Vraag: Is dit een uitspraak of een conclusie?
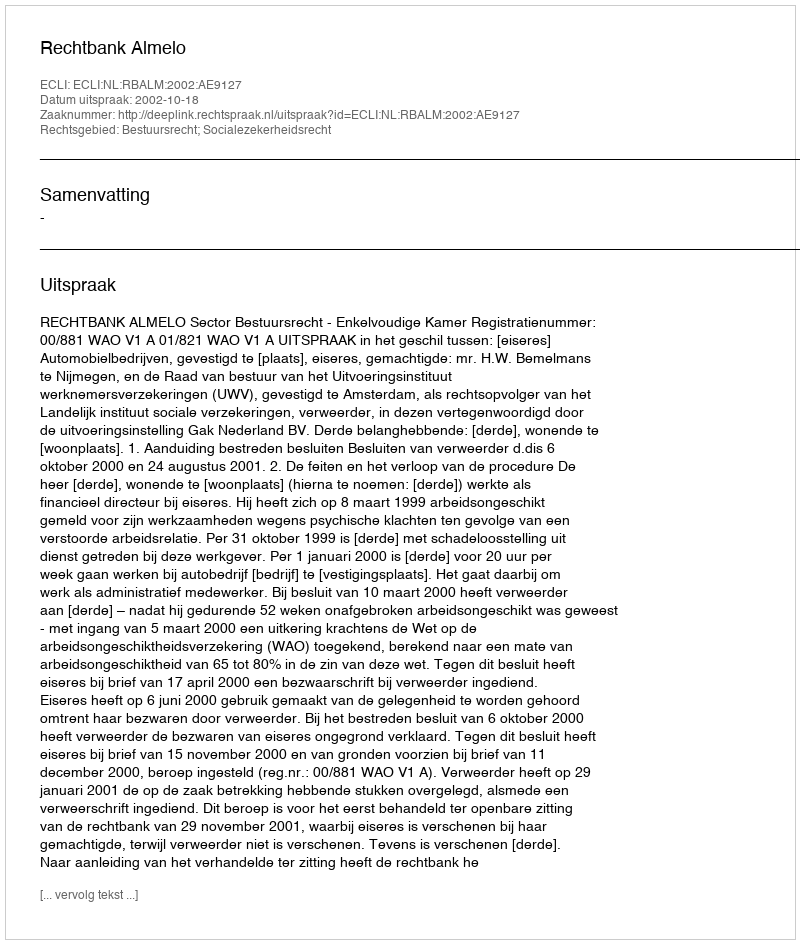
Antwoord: Uitspraak